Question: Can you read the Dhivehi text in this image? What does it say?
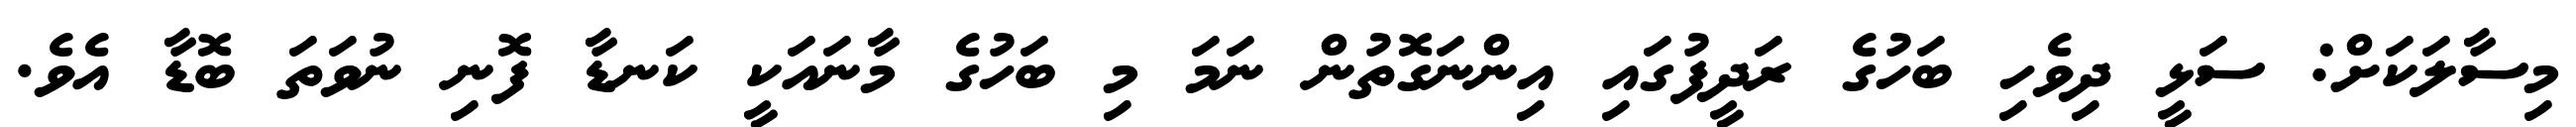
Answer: މިސާލަކަށް: ސަޅީ ދިވެހި ބަހުގެ ރަދީފުގައި އިންނަގޮތުން ނަމަ މި ބަހުގެ މާނައަކީ ކަނޑާ ފޮނި ނުވަތަ ބޮޑާ އެވެ.